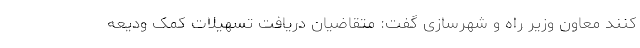
کنند معاون وزیر راه و شهرسازی گفت: متقاضیان دریافت تسهیلات کمک ودیعه